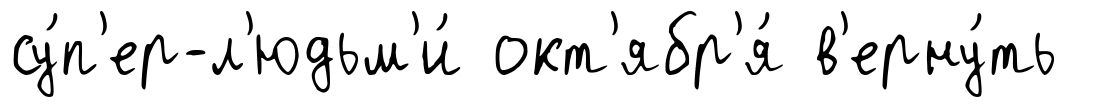
су́п'ер-л'юдьм'и́ окт'ябр'я́ в'ерну́ть